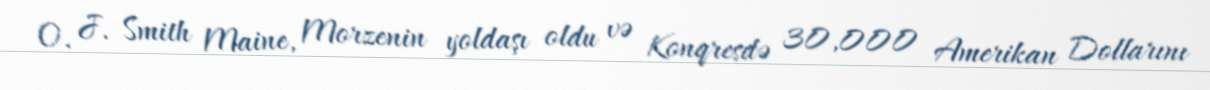
O. J. Smith Maine, Morzenin yoldaşı oldu və Konqresdə 30,000 Amerikan Dollarını